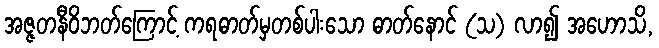
အဇ္ဇတနီဝိဘတ်ကြောင့် ကရဓာတ်မှတစ်ပါးသော ဓာတ်နောင် (သ) လာ၍ အဟောသိ,